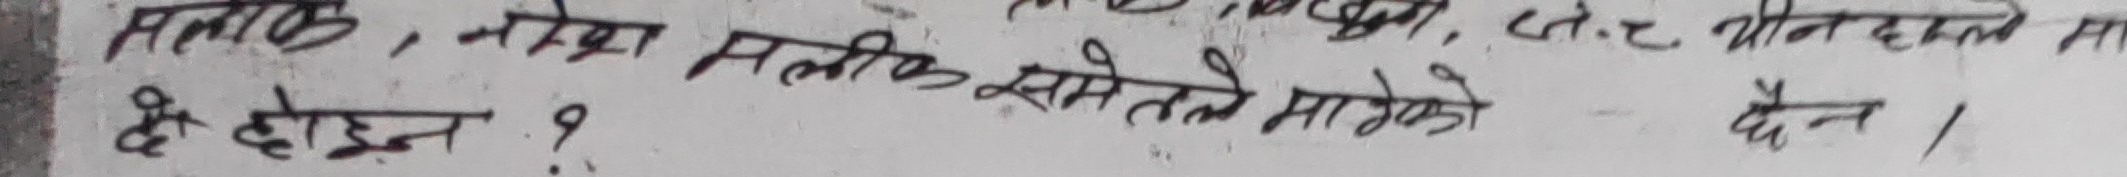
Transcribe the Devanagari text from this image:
मलाक, नरेश मलीक समेतले मागेको
हो होइन १
नं.८ यौनहाले मा
छैन ।